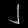
Digit: ၂